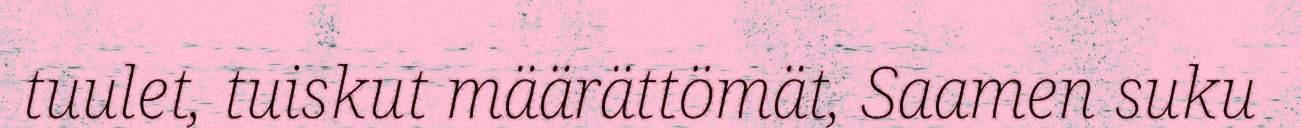
tuulet, tuiskut määrättömät, Saamen suku